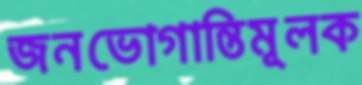
জনভোগান্তিমূলক